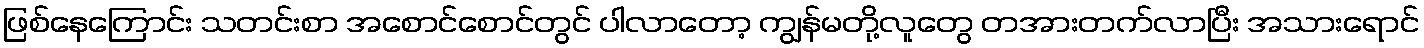
ဖြစ်နေကြောင်း သတင်းစာ အစောင်စောင်တွင် ပါလာတော့ ကျွန်မတို့လူတွေ တအားတက်လာပြီး အသားရောင်